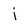
Character: i